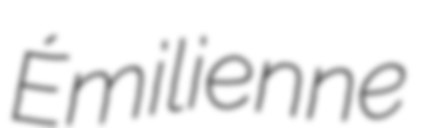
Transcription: Émilienne